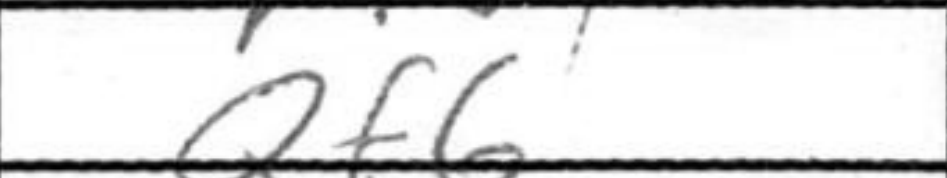
Transcription: Qf6